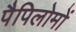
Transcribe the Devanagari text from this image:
पैपिलोमों